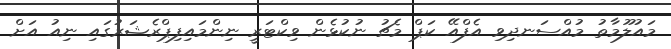
މައުލޫމާތު މުއްސަނދިވި އެފްއޭ ކަޕް މެޗު ނުކުޅެން ވިކްޓަރީ ނިންމައިފިޕްރެޝަރުގައި ނިއު އަށް